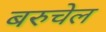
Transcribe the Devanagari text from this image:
बरुचेल